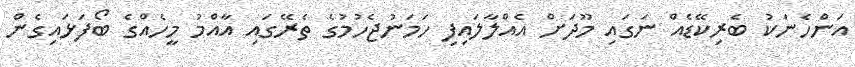
އަންހެނަކު ބެރިކޭޑެއް ނަގައި މޫދަށް އެއްލާލައިފި ހަމަނުޖެހުމުގެ ތެރޭގައި އާއްމު މީހެއްގެ ބޯފަޅައިގެން